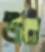
উর